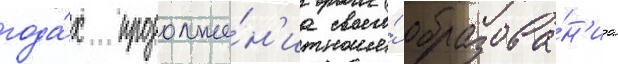
года́х продолже́н'иа своего́ образова́н'иа